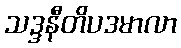
သဒ္ဒနီတိပဒမာလာ